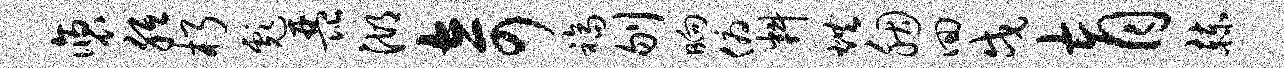
褒胝朽彪琵湖奇福刎晌俯料烘胭回戍育赫